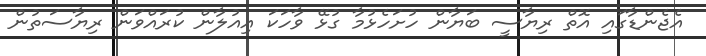
އެޖެންޑާގައި އޮތް ރިޔާސީ ބަޔާން ހުށަހެޅުމާ ގުޅޭ ވާހަކަ އިއުލާން ކުރައްވަން ރިޔާސަތުން